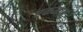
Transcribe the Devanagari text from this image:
एकमाइ